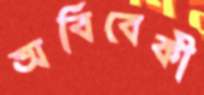
অবিবেকী